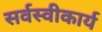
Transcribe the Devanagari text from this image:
सर्वस्वीकार्य